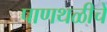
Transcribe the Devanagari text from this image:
पाणथळीचे